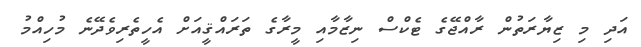
އަދި މި ޒިޔާރަތުން ރާއްޖޭގެ ޓެކްސް ނިޒާމާއި މީރާގެ ތަރައްޤީއަށް އެހީތެރިވެދޭނެ މުހިއްމު